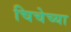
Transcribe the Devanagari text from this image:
चिचेच्या